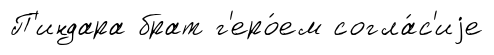
П'индара брат г'еро́ем согла́с'иjе